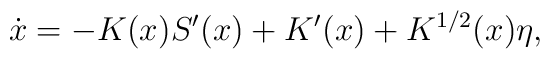
\dot{x}=-K(x)S'(x)+K'(x)+K^{1/2}(x)\eta,